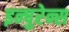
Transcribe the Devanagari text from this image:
इन्षुरेन्स